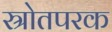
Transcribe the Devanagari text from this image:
स्रोतपरक